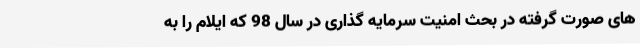
های صورت گرفته در بحث امنیت سرمایه گذاری در سال 98 که ایلام را به